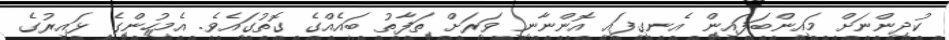
ކުދިންނަށް މައިންބަފައިން އެނގިފައި އޮންނާނީ ވަރަށް ތަފާތު ބައެއްގެ ގޮތުގައެވެ. އެމީހުންގެ ޅައިރުގެ